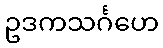
ဥဒကသင်္ဂဟေ